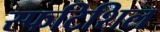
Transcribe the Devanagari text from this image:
स्फटिशिल